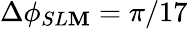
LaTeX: \Delta\phi_{SL\mathbf{M}}=\pi/17